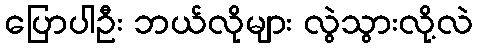
ပြောပါဦး ဘယ်လိုများ လွဲသွားလို့လဲ